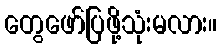
တွေဖော်ပြဖို့သုံးမလား။